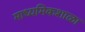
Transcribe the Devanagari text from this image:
माध्यमिकशाळा